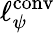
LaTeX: \ell_{\psi}^{\mathrm{{conv}}}